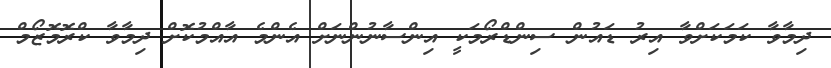
ދިމާވާ ކަމަކަށްވާ އިރު ޑައުން ސިންޑްރޯމަކީ އިންސާނުންނަށް އެންމެ އާއްމުކޮށް ދިމާވާ ކްރޮމޮޒޯމް